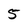
Character: 5